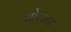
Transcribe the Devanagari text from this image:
सोरसन